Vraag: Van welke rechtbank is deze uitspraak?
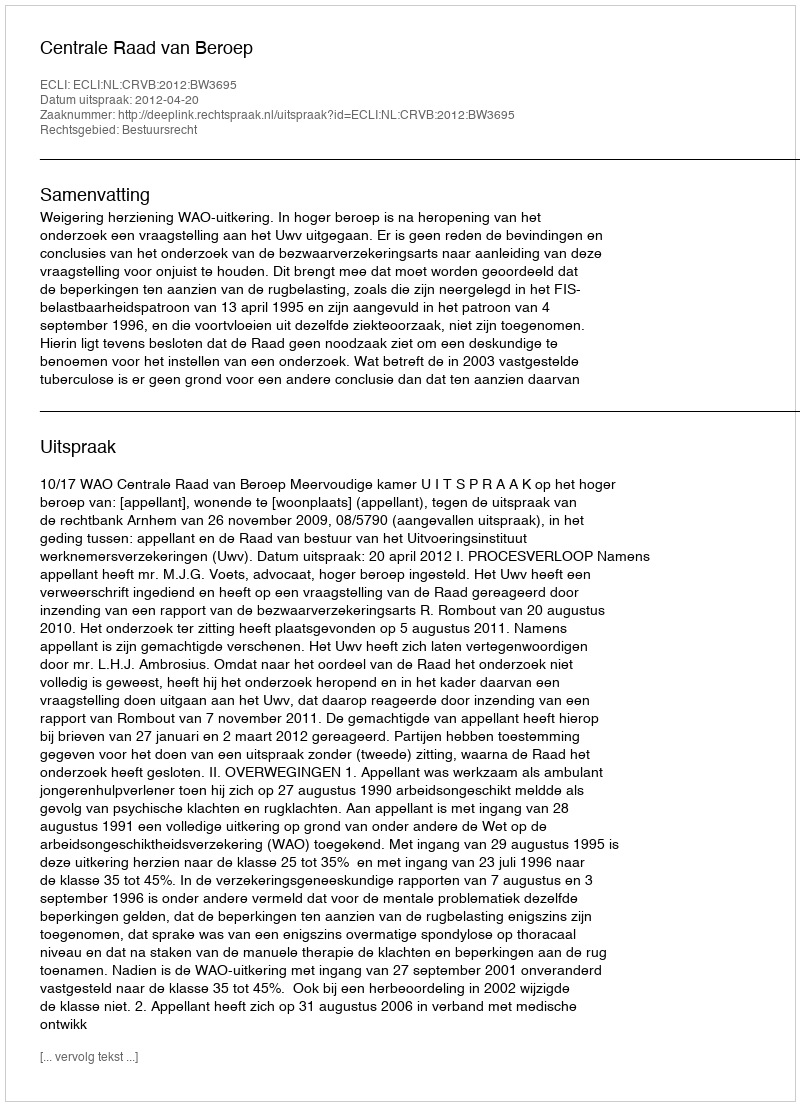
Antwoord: Centrale Raad van Beroep